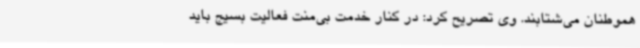
هموطنان می‌شتابند. وی تصریح کرد: در کنار خدمت بی‌منت فعالیت بسیج باید